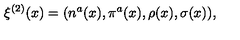
\xi ^ { ( 2 ) } ( x ) = ( n ^ { a } ( x ) , \pi ^ { a } ( x ) , \rho ( x ) , \sigma ( x ) ) ,